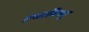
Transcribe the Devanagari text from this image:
प्रभाविष्णु